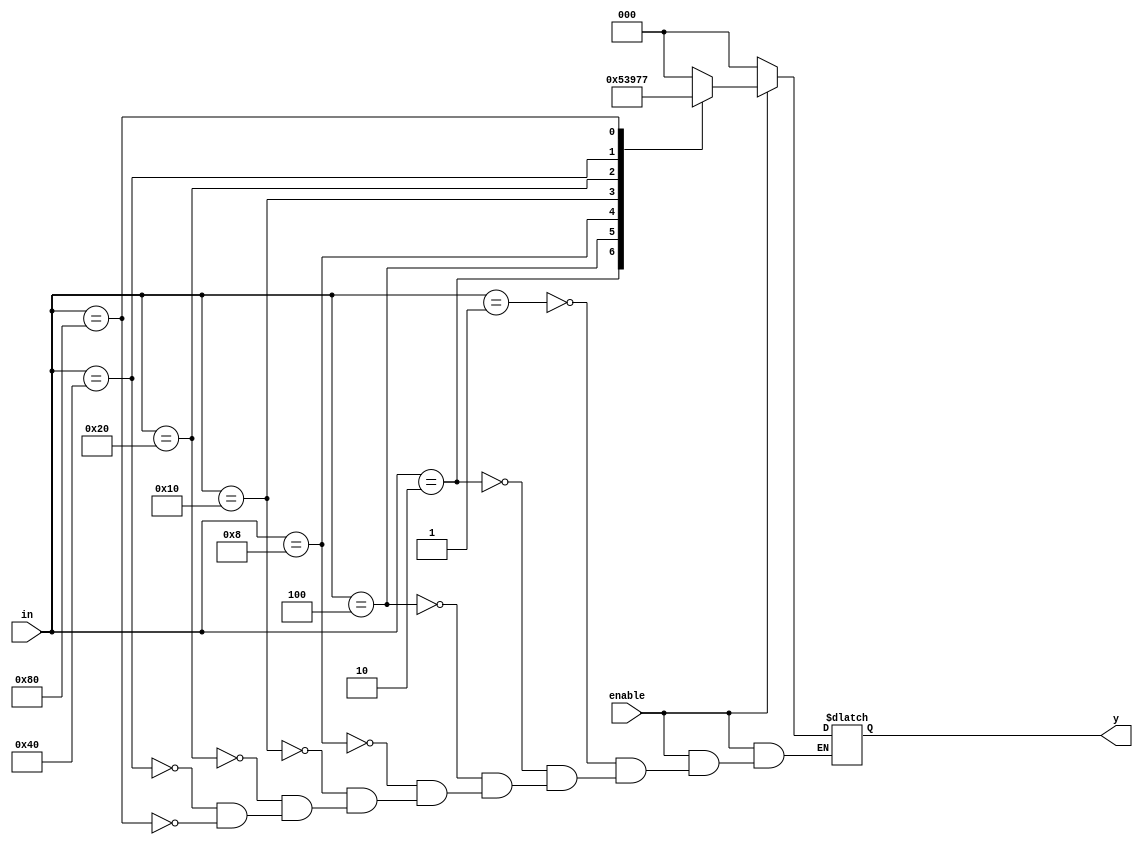
module encoder(
  input [7:0]in,
  input enable,
  output reg [2:0]y=0);
  always@(*)
    begin
      if(enable == 1'b0)
        y = 3'd0;
      else
        begin
          case(in)
            1:y = 3'd0;
            2:y = 3'd1;
            4:y = 3'd2;
            8:y = 3'd3;
            16:y = 3'd4;
            32:y = 3'd5;
            64:y = 3'd6;
            128:y = 3'd7;
          endcase
        end
    end
endmodule